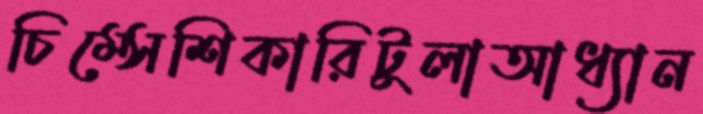
চিম্‌সেশিকারিটুলাআধ্যান